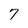
Character: 7